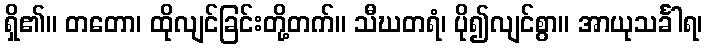
ရှိ၏။ တတော၊ ထိုလျင်ခြင်းတို့တက်။ သီဃတရံ၊ ပို၍လျင်စွာ။ အာယုသင်္ခါရ၊